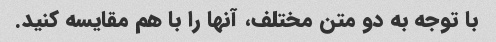
با توجه به دو متن مختلف، آنها را با هم مقایسه کنید.